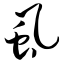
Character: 虱